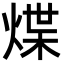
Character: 煠